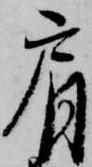
肩